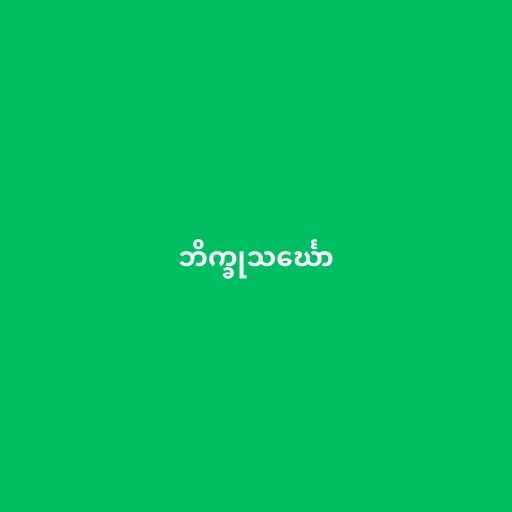
ဘိက္ခုသင်္ဃော